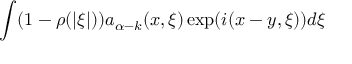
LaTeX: \int ( 1 - \rho ( | \xi | ) ) a _ { \alpha - k } ( x , \xi ) \exp ( i ( x - y , \xi ) ) d \xi